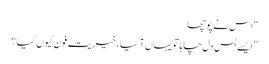
“ اس نے پوچھا
” ایسے بس دل چاہا تو یہاں آگیا ،خیریت فون کیوں کیا؟